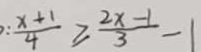
: \frac { x + 1 } { 4 } \geq \frac { 2 x - 1 } { 3 } - 1